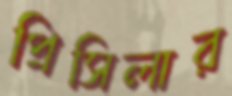
প্রিসিলার